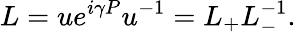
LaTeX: L=ue^{i\gamma P}u^{-1}=L_{+}L_{-}^{-1}.